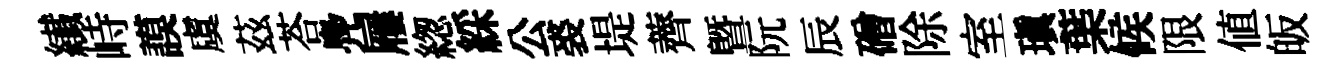
纎峙謨虞茲荅鳧屨緫綵公裘堤薺暨阮辰磳除室瑱葉候限值皈